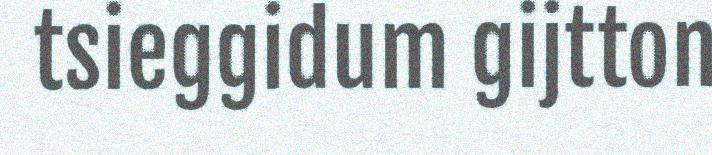
tsieggidum gijtton